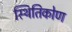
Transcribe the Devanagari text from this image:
स्थितिकोण